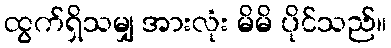
ထွက်ရှိသမျှ အားလုံး မိမိ ပိုင်သည်။